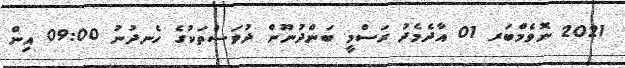
2021 ނޮވެމްބަރ 01 އާދެމެދު ރަސްމީ ބަންދުނޫން ދުވަސްތަކުގެ ހެނދުނު 09:00 އިން